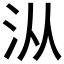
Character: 𰛏